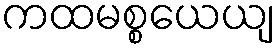
ကထမစ္စယေယျ